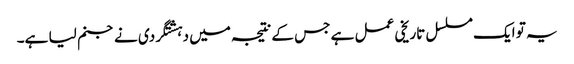
یہ تو ایک مسلسل تاریخی عمل ہے جس کے نتیجہ میں دہشتگردی نے جنم لیا ہے۔